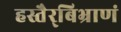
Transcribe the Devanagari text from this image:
हस्तैर्‌बिभ्राणं